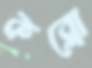
কব্‌লো